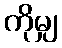
ကိုမျှ